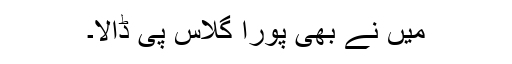
میں نے بھی پورا گلاس پی ڈالا۔